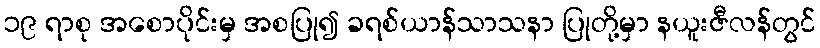
၁၉ ရာစု အစောပိုင်းမှ အစပြု၍ ခရစ်ယာန်သာသနာ ပြုတို့မှာ နယူးဇီလန်တွင်